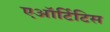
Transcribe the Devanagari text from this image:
एऑर्टिटिस